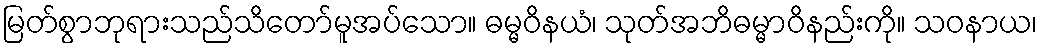
မြတ်စွာဘုရားသည်သိတော်မူအပ်သော။ ဓမ္မဝိနယံ၊ သုတ်အဘိဓမ္မာဝိနည်းကို။ သဝနာယ၊